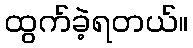
ထွက်ခဲ့ရတယ်။